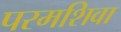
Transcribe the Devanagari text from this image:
परमशिवा